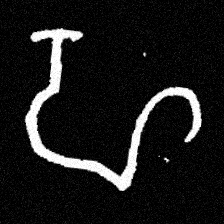
Pyu character \u2014 Myanmar letter: ဟ (romanized: ha)